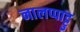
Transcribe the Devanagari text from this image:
नालप्पाट्टु